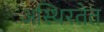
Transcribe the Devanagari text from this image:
अस्थिरतेत